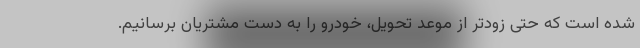
شده است که حتی زودتر از موعد تحویل، خودرو را به دست مشتریان برسانیم.